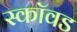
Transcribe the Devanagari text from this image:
स्कॉवड